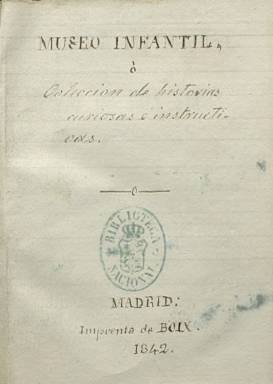
Título: Museo de los niños (Madrid. 1842)
Otros títulos: Museo infantil o Colección de historias curiosas e instructivas
Colección: Revistas infantiles
Ámbito geográfico: Madrid
Lugar de publicación: Madrid
Fechas: 17/04/1842-31/12/1843

Periódico infantil, cuya primera entrega corresponde al 17 de abril de 1842 y estuvo publicándose hasta 1843. Entre 1847 y 1850 aparecerá otro con el mismo título, que también forma parte de la colección de la Biblioteca Nacional de España. Sigue el modelo de Minerva de la juventud española (1833-1834), también editada en Madrid y que inauguró la prensa infantil española del siglo diecinueve, siendo Gazeta de los niños (1798-1799) la primera que se conoce dedicada íntegramente a este público. Cada entrega es de 32 páginas, con foliación continuada y compuesta a una columna. Sólo las dos primeras van secuenciadas, apareciendo cada domingo, mientras que las siguientes carecen incluso de cabecera. Se indica a mano en la portada del volumen que forma su colección: “o Colección de historias curiosas e instructivas”, y se trata de “lecciones de cosas” impartidas por un padre a sus hijos, a través de un relato continuado. Según Checa Godoy (2002) su función era la divulgación y aficionar a la lectura al público infantil.

Estampada en la Imprenta de Boix, la última entrega de 1842 sería la número 29 y correspondería al 30 de octubre, alcanzando hasta la página 352. La colección también contiene las entregas 47 y 48, que corresponderían a 1843, y que llegan hasta la página 64, ahora indicando imprenta propia y que forman una “segunda serie”. Hartzenbusch (1894) señala haber visto hasta la número 49. Debió incluir láminas, que iban plegadas, dado su reducido tamaño (16º), una de las cuales va inserta en la última entrega de 1842. En las de 1843, van incluidas dos ilustraciones, pero dentro del texto. Además de la prensa pedagógica estudiada por Checa Godoy, otras referencias a la prensa y literatura infantil española son las de Mercedes Chivelet (2009) y Carolina Toral y Peñaranda (1957), respectivamente.